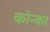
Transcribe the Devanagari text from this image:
कोन्का